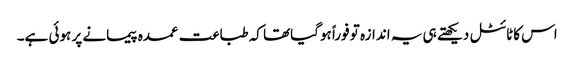
اس کاٹائٹل دیکھتے ہی یہ اندازہ تو فوراً ہوگیاتھا کہ طباعت عمدہ پیمانے پر ہوئی ہے۔